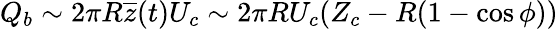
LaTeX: Q_{b}\sim 2\pi R\overline{{z}}(t)U_{c}\sim 2\pi RU_{c}(Z_{c}-R(1-\cos\phi))